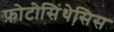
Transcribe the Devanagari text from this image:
फ़ोटोसिंथेसिस